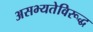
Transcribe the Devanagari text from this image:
असभ्यतेविरूद्ध